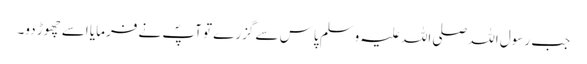
جب رسول اللہ صلی اللہ علیہ وسلم پاس سے گزرے تو آپؐ نے فرمایا اسے چھوڑ دو۔